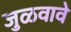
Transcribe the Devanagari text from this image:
जुळवावे